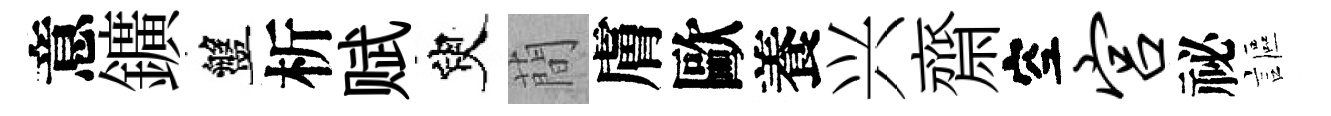
意鑛盤析赋臾蕳膚歐養兴齋空宫祕謳